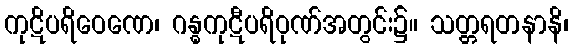
ကုဋိပရိဝေဏေ၊ ဂန္ဓကုဋီပရိဝုဏ်အတွင်း၌။ သတ္တရတနာနိ၊